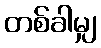
တစ်ခါမျှ